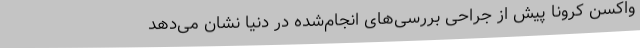
واکسن کرونا پیش از جراحی بررسی‌های انجام‌شده در دنیا نشان می‌دهد